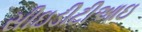
સીઇડીટીઆઇ